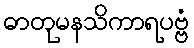
ဓာတုမနသိကာရပဗ္ဗံ